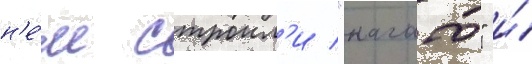
н'е́м строил'и "нагато" и́